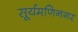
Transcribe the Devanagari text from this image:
सूर्यमणिनगर